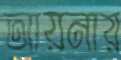
আয়নায়